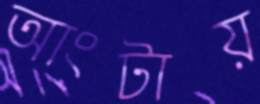
আংটায়